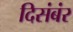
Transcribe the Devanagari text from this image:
दिसंबंर